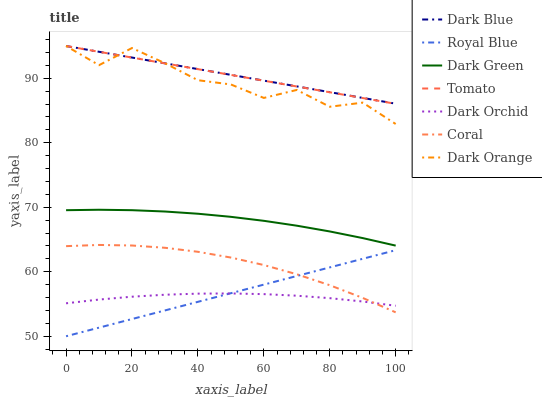
| xaxis_label | Dark Blue | Royal Blue | Dark Green | Tomato | Dark Orchid | Coral | Dark Orange |
 | --- | --- | --- | --- | --- | --- | --- | --- |
 | 0 | 95 | 50 | 69.5 | 95 | 55.1 | 64 | 95 |
 | 10 | 94.1 | 51.3 | 69.6 | 94.1 | 55.7 | 64.2 | 92 |
 | 20 | 93.2 | 52.7 | 69.5 | 93.2 | 56.1 | 64.1 | 94.7 |
 | 30 | 92.3 | 54 | 69.3 | 92.3 | 56.4 | 63.7 | 92.3 |
 | 40 | 91.4 | 55.3 | 69 | 91.4 | 56.6 | 63.1 | 89.7 |
 | 50 | 90.5 | 56.7 | 68.5 | 90.5 | 56.6 | 62.2 | 89 |
 | 60 | 89.6 | 58 | 67.9 | 89.6 | 56.5 | 61 | 86.9 |
 | 70 | 88.7 | 59.3 | 67.1 | 88.7 | 56.3 | 59.6 | 88.2 |
 | 80 | 87.8 | 60.7 | 66.2 | 87.8 | 55.9 | 57.9 | 85.6 |
 | 90 | 87 | 62 | 65.2 | 86.9 | 55.4 | 55.9 | 86.2 |
 | 100 | 86.1 | 63.3 | 64.1 | 86 | 54.7 | 53.7 | 82.9 |